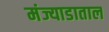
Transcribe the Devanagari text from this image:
मंज्याडाताल